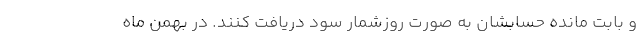
و بابت مانده حسابشان به صورت روزشمار سود دریافت کنند. در بهمن ماه